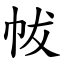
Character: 帗